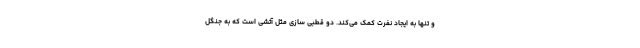
و تنها به ایجاد نفرت کمک می‌کند. دو قطبی سازی مثل آتشی است که به جنگل